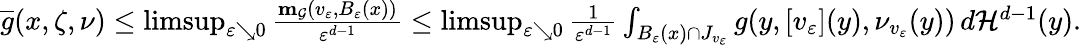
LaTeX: \begin{array}{r}{\overline{{g}}(x,\zeta,\nu)\leq\operatorname*{limsup}_{\varepsilon\searrow 0}\frac{\mathbf{m}_{\mathcal{G}}(v_{\varepsilon},B_{\varepsilon}(x))}{\varepsilon^{d-1}}\leq\operatorname*{limsup}_{\varepsilon\searrow 0}\frac{1}{\varepsilon^{d-1}}\int_{B_{\varepsilon}(x)\cap J_{v_{\varepsilon}}}g(y,[v_{\varepsilon}](y),\nu_{v_{\varepsilon}}(y))\, d\mathcal{H}^{d-1}(y).}\end{array}